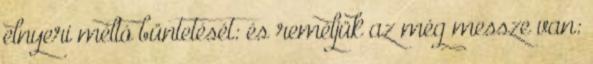
elnyeri méltó büntetését: és reméljük az még messze van: